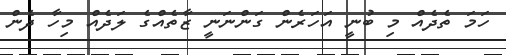
ހަމަ ތެދެއް މި ބުނީ އަހަރެން ގަންނަނީ ޒާތެއްގެ ލަދެއް މިހާ ދެން